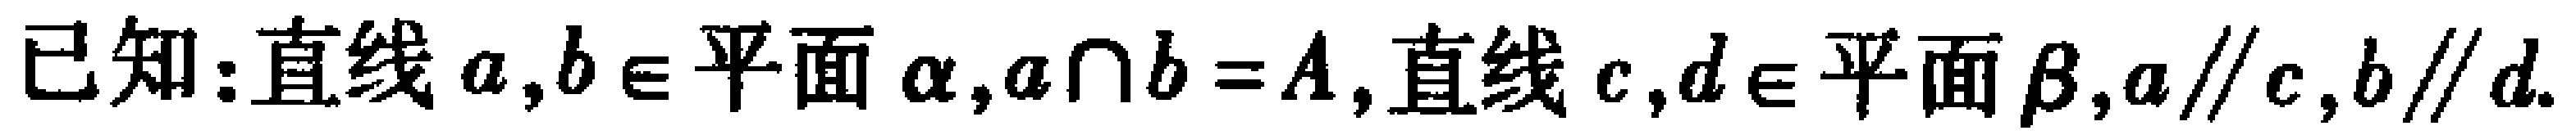
已知:直线 \(a,b\in\)平面\(\alpha,a\cap b = A\),直线 \(c,d\in\)平面\(\beta,a\parallel c,b\parallel d\).